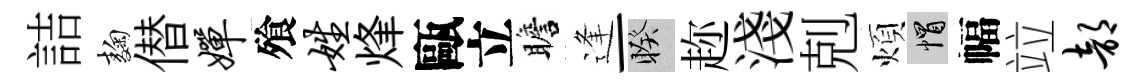
詰麹僣婵飱姓烽甌立瞻逢一睽趂淺剋煩帽幅竝部